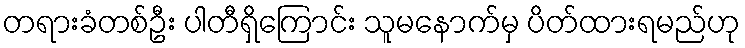
တရားခံတစ်ဦး ပါတီရှိကြောင်း သူမနောက်မှ ပိတ်ထားရမည်ဟု